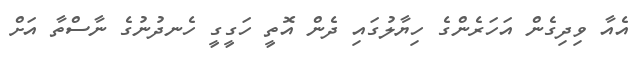
އެއާ ވިދިގެން އަހަރެންގެ ހިޔާލުގައި ދެން އޮތީ ހަގީގީ ހެނދުނުގެ ނާސްތާ އަށް